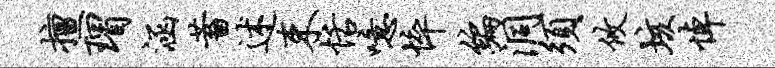
擅瑁涵蓄述束恬噫悴编洞须攸垓悼